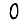
Digit: 0